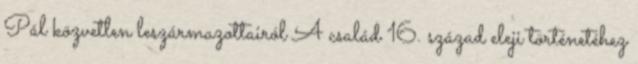
Pál közvetlen leszármazottairól A család 16. század eleji történetéhez